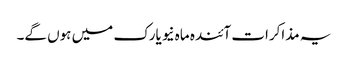
یہ مذاکرات آئندہ ماہ نیویارک میں ہوں گے۔